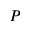
P